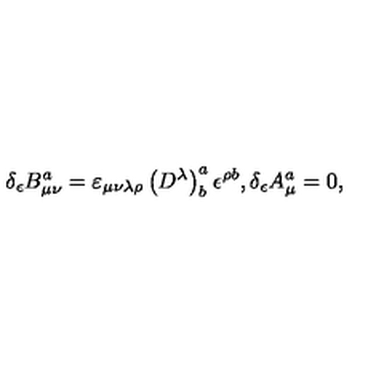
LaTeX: \delta _ { \epsilon } B _ { \mu \nu } ^ { a } = \varepsilon _ { \mu \nu \lambda \rho } \left( D ^ { \lambda } \right) _ { b } ^ { a } \epsilon ^ { \rho b } , \delta _ { \epsilon } A _ { \mu } ^ { a } = 0 ,